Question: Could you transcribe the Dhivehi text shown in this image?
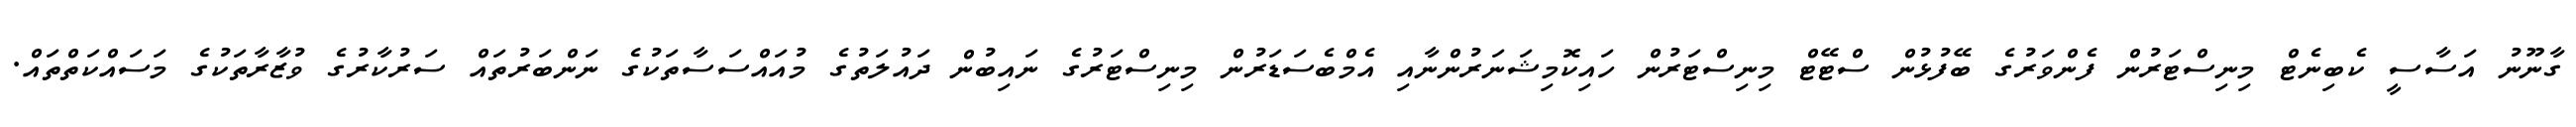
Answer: ގާނޫނު އަސާސީ ކެބިނެޓް މިނިސްޓަރުން ފެންވަރުގެ ބޭފުޅުން ސްޓޭޓް މިނިސްޓަރުން ހައިކޮމިޝަނަރުންނާއި އެމްބެސަޑަރުން މިނިސްޓަރުގެ ނައިބުން ދައުލަތުގެ މުއައްސަސާތަކުގެ ނަންބަރުތައް ސަރުކާރުގެ ވުޒާރާތަކުގެ މަސައްކަތްތައް.